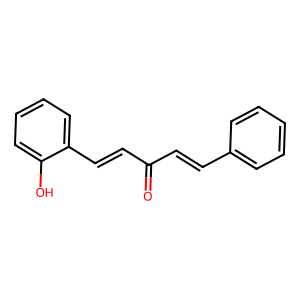
SMILES: O=C(C=Cc1ccccc1)C=Cc1ccccc1O
Inhibits HIV replication: No